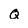
Character: q